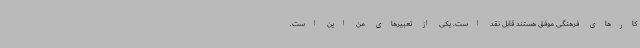
کارهای فرهنگی موفق هستند قابل نقد است. یکی از تعبیرهای من این است.